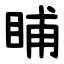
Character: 䀯